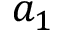
a _ { 1 }